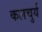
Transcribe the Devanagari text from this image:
कलचुर्य